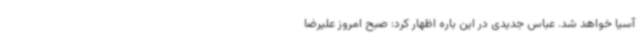
آسیا خواهد شد. عباس جدیدی در این باره اظهار کرد: صبح امروز علیرضا